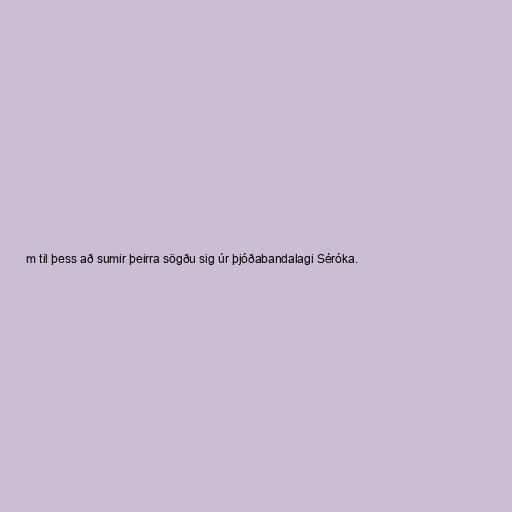
m til þess að sumir þeirra sögðu sig úr þjóðabandalagi Séróka.